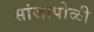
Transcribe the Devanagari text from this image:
सांजापोळी